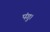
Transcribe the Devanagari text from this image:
पंगु।